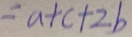
= a + c + 2 b